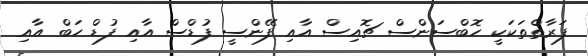
ފަރާތްތަކަކީ ހޮބްސަންސް ޗޮއިސް އާއި ފޭންސީ ފުޑްސް އާއި ފުޑް ހަބް އާއި